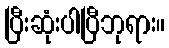
ပြီးဆုံးပါပြီဘုရား။